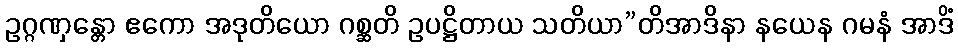
ဥဂ္ဂဏှန္တော ဧကော အဒုတိယော ဂစ္ဆတိ ဥပဋ္ဌိတာယ သတိယာ”တိအာဒိနာ နယေန ဂမနံ အာဒိံ